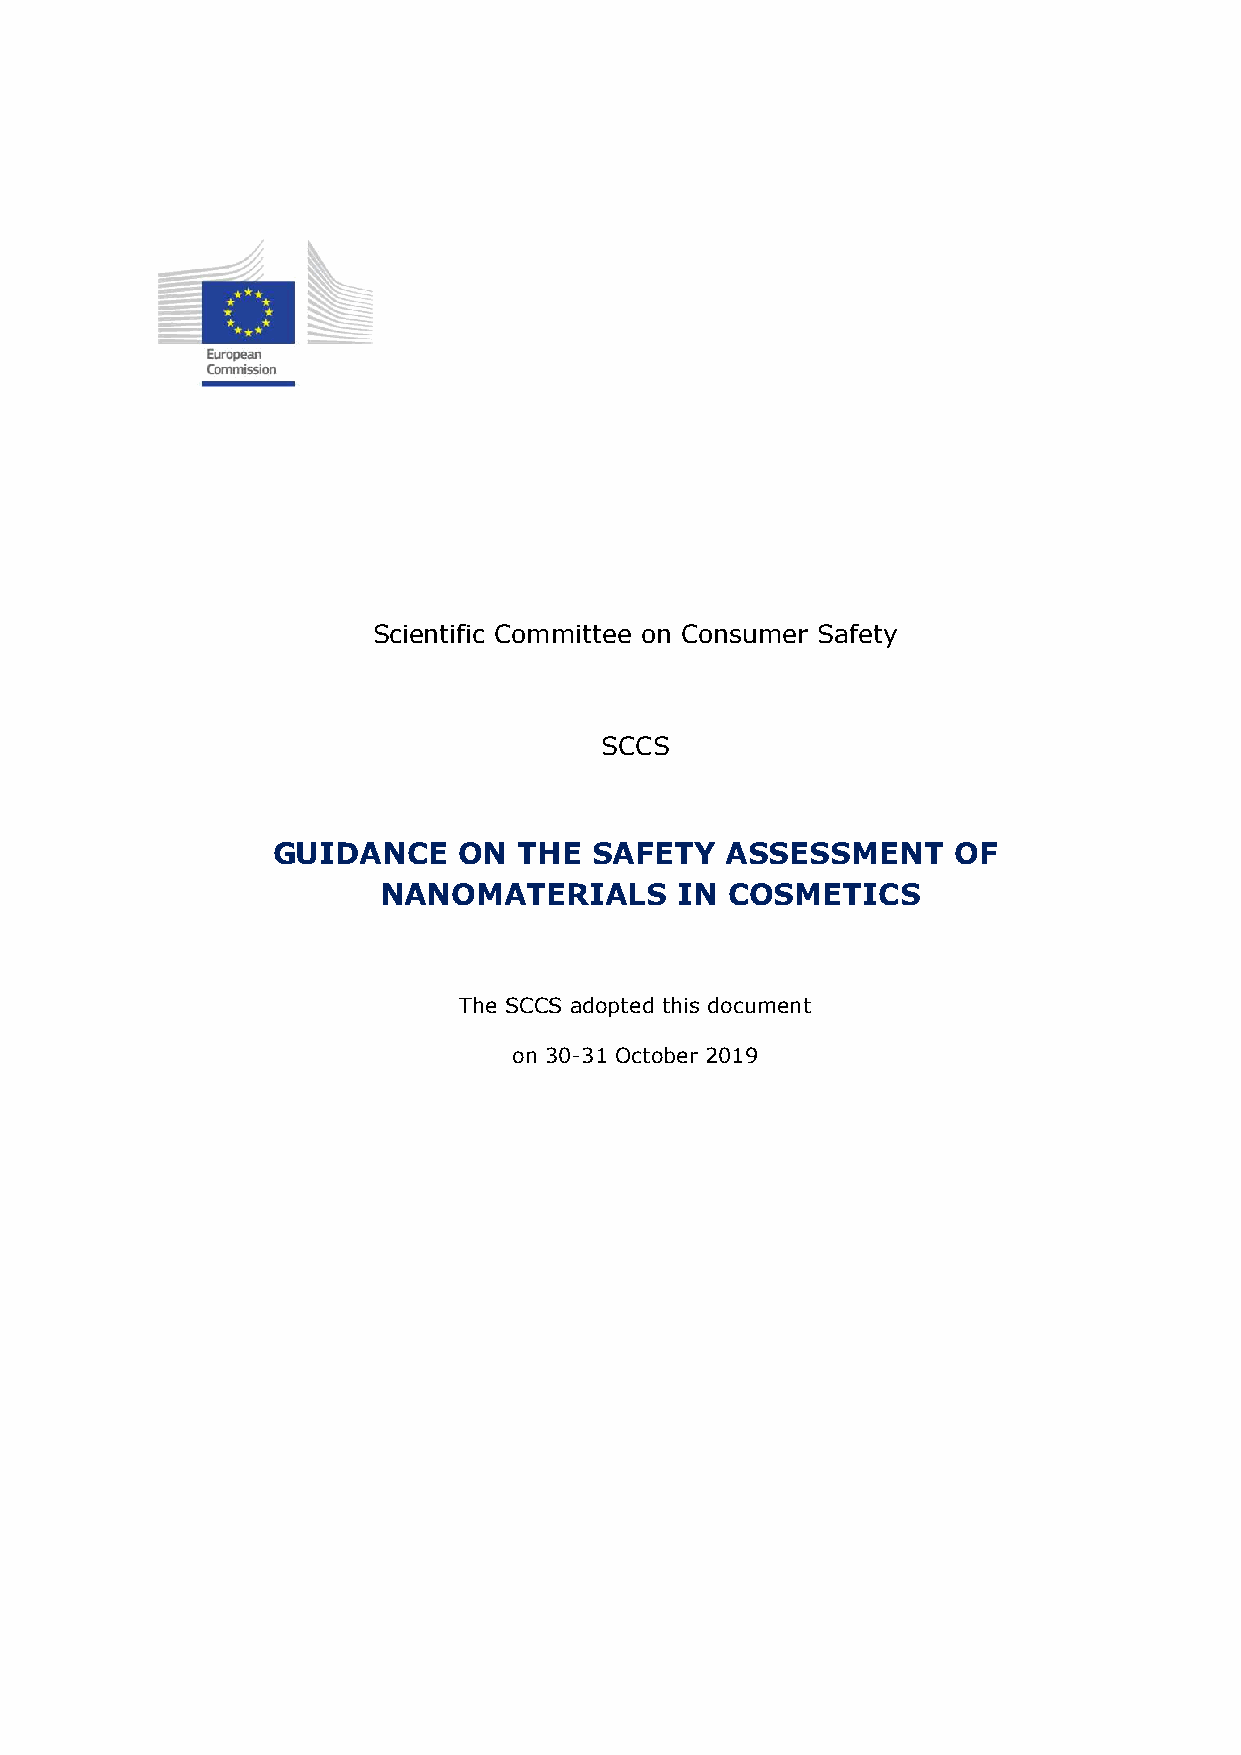
Scientific Committee on Consumer Safety
 SCCS
 GUIDANCE    ON  THE  SAFETY   ASSESSMENT     OF
 NANOMATERIALS       IN COSMETICS
 The SCCS adopted this document
 on 30-31 October 2019